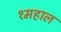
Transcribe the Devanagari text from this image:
१महाल